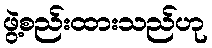
ဖွဲ့စည်းထားသည်ဟု